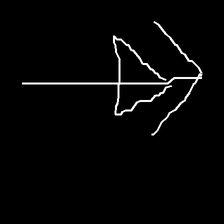
Glyph: pull